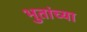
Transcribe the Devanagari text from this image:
भुतांच्या